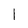
Character: 1